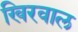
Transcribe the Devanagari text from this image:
खिरवाल